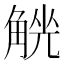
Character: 𧤄